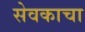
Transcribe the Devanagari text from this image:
सेवकाचा